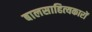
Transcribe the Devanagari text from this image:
बालसाहित्‍यकारों